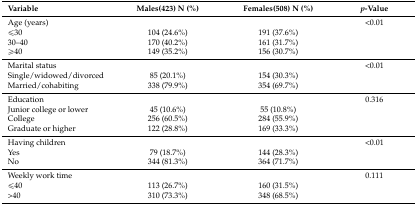
| Variable | Males(423) N (%) | Females(508) N (%) | p-Value |
 | --- | --- | --- | --- |
 | Age (years) |  |  | <0.01 |
 | ≤30 | 104 (24.6%) | 191 (37.6%) |  |
 | 30–40 | 170 (40.2%) | 161 (31.7%) |  |
 | ≥40 | 149 (35.2%) | 156 (30.7%) |  |
 | Marital status |  |  | <0.01 |
 | Single/widowed/divorced | 85 (20.1%) | 154 (30.3%) |  |
 | Married/cohabiting | 338 (79.9%) | 354 (69.7%) |  |
 | Education |  |  | 0.316 |
 | Junior college or lower | 45 (10.6%) | 55 (10.8%) |  |
 | College | 256 (60.5%) | 284 (55.9%) |  |
 | Graduate or higher | 122 (28.8%) | 169 (33.3%) |  |
 | Having children |  |  | <0.01 |
 | Yes | 79 (18.7%) | 144 (28.3%) |  |
 | No | 344 (81.3%) | 364 (71.7%) |  |
 | Weekly work time |  |  | 0.111 |
 | ≤40 | 113 (26.7%) | 160 (31.5%) |  |
 | >40 | 310 (73.3%) | 348 (68.5%) |  |